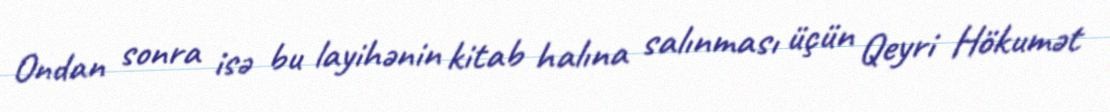
Ondan sonra isə bu layihənin kitab halına salınması üçün Qeyri Hökumət